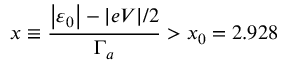
x \equiv \frac { \left\vert \varepsilon _ { 0 } \right\vert - \vert e V \vert / 2 } { \Gamma _ { a } } > x _ { 0 } = 2 . 9 2 8